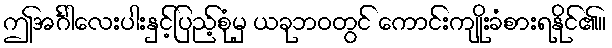
ဤအင်္ဂါလေးပါးနှင့်ပြည့်စုံမှ ယခုဘဝတွင် ကောင်းကျိုးခံစားရနိုင်၏။